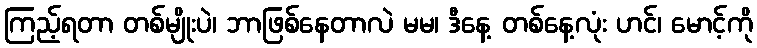
ကြည့်ရတာ တစ်မျိုးပဲ၊ ဘာဖြစ်နေတာလဲ မမ၊ ဒီနေ့ တစ်နေ့လုံး ဟင်၊ မောင့်ကို